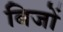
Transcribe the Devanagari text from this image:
बिजों